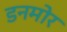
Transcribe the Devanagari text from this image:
डनमोर